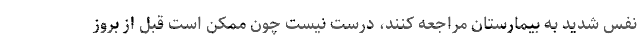
نفس شدید به بیمارستان مراجعه کنند، درست نیست چون ممکن است قبل از بروز